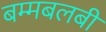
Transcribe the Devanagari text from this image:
बम्मबलबी